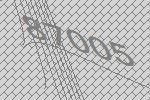
87005